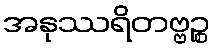
အနုဿရိတဗ္ဗဉ္စ